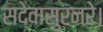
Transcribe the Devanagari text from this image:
सदेवासुरनरे।